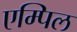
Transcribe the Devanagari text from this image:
एम्पिल